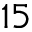
1 5